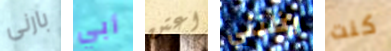
بارنى أبي اعتن يظنني كنت